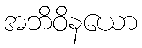
အဘိဝိနယော